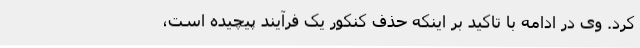
کرد. وی در ادامه با تاکید بر اینکه حذف کنکور یک فرآیند پیچیده است،